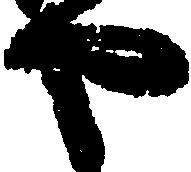
や